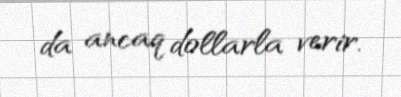
da ancaq dollarla verir.